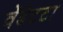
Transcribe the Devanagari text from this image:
वेंडेटटा